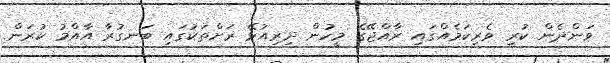
ވަންދެން ކުރި ވެރިކަމެއްގައި ރާއްޖޭގެ މީހުން ދިރިއުޅޭ ރަށްތަކުގައި ބަނގުރާ އާއްމު ކުރަން